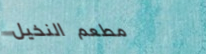
مطعم النخيل